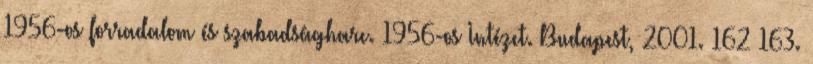
1956-os forradalom és szabadságharc. 1956-os Intézet. Budapest, 2001. 162–163.